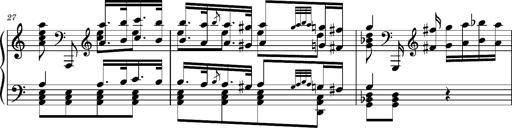
Title: Ungarischer Romanzero
Composer: Franz Liszt